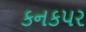
કનકપર